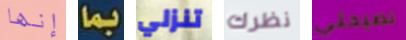
إنها بما تنزلي نظرك نصيحتي